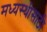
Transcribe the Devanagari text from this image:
मध्यस्थीसाठी